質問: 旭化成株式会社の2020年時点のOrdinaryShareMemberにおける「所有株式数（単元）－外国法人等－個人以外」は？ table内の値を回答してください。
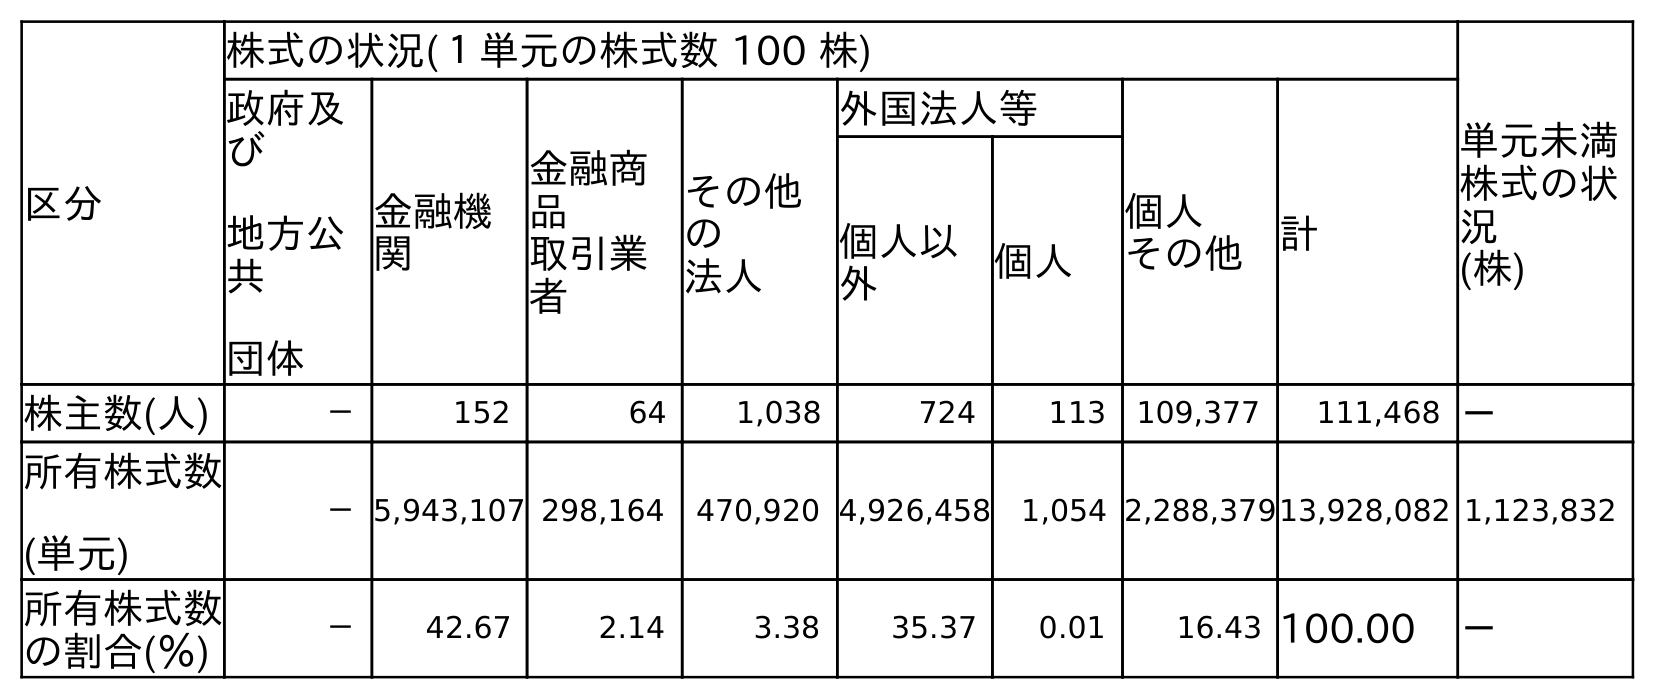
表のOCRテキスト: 区分 株式の状況(１単元の株式数 100 株) 単元未満 株式の状 況 (株) 政府及 び 地方公 共 団体 金融機 関 金融商 品 取引業 者 その他 の 法人 外国法人等 個人 その他 計 個人以 外 個人 株主数(人) － 152 64 1,038 724 113 109,377 111,468 － 所有株式数 (単元) －5,943,107 298,164 470,920 4,926,458 1,054 2,288,37913,928,082 1,123,832 所有株式数 の割合(％) － 42.67 2.14 3.38 35.37 0.01 16.43 100.00 －
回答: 4,926,458